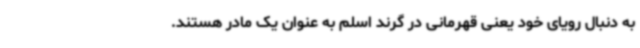
به دنبال رویای خود یعنی قهرمانی در گرند اسلم به عنوان یک مادر هستند.